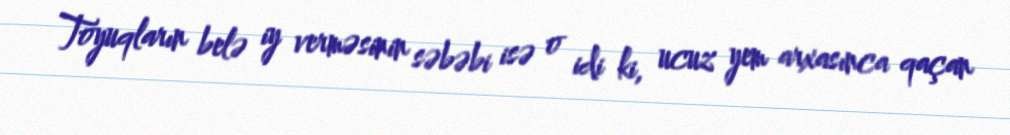
Toyuqların belə iy verməsinin səbəbi isə o idi ki, ucuz yem arxasınca qaçan